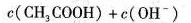
c (C H_{3} C O O H) + c (O H^{-})$$